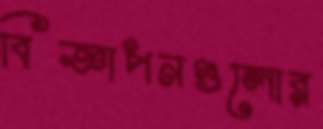
বিজ্ঞাপনগুলোর